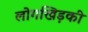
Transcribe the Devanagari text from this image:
लोगखिड़की